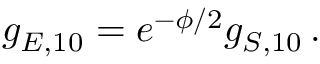
g _ { E , 1 0 } = e ^ { - \phi / 2 } g _ { S , 1 0 } \, .